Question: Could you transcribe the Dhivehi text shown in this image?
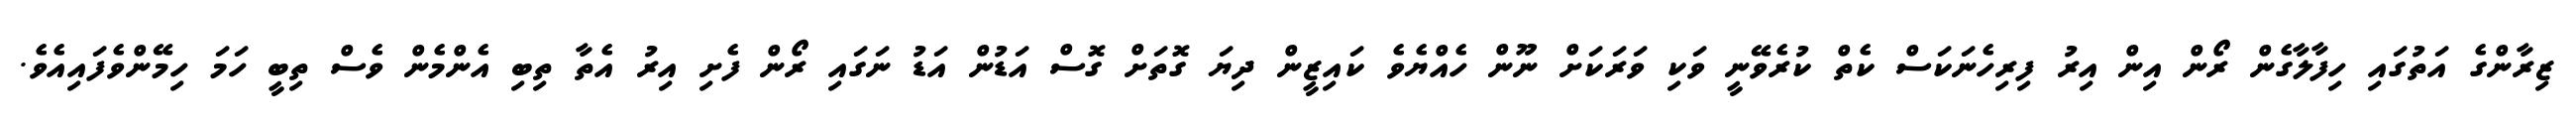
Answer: ޒިރާންގެ އަތުގައި ހިފާލާގެން ރޯން އިން އިރު ފިރިހެނަކަސް ކެތް ކުރެވޭނީ ވަކި ވަރަކަށް ނޫން ހެއްޔެވެ ކައިޒީން ދިޔަ ގޮތަށް ގޮސް އަޑުން އަޑު ނަގައި ރޯން ފެށި އިރު އެތާ ތިބި އެންމެން ވެސް ތިބީ ހަމަ ހިމޭންވެފައިއެވެ.